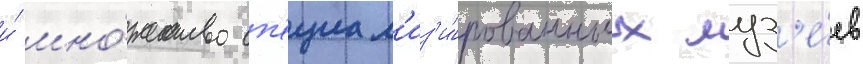
и́ мно́жество сп'ециал'из'и́рованных муз'е́ев